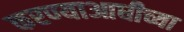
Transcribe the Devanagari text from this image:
करण्याआधीच्या